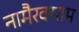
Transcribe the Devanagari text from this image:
नामैरक्पाम